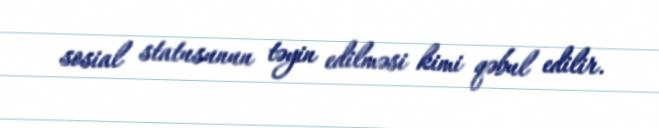
sosial statusunun təyin edilməsi kimi qəbul edilir.